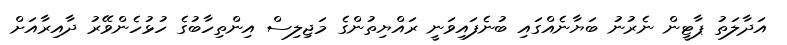
އަދާލަތު ޕާޓީން ނެރުނު ބަޔާނެއްގައި ބުނެފައިވަނީ ރައްޔިތުންގެ މަޖިލިސް އިންތިހާބުގެ ހުޅުހެންވޭރު ދާއިރާއަށް